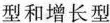
型和增长型